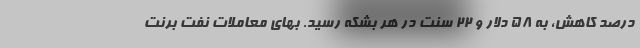
درصد کاهش، به ۵۸ دلار و ۲۲ سنت در هر بشکه رسید. بهای معاملات نفت برنت